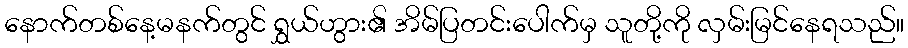
နောက်တစ်နေ့မနက်တွင် ရွှယ်ဟွား၏ အိမ်ပြတင်းပေါက်မှ သူတို့ကို လှမ်းမြင်နေရသည်။